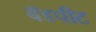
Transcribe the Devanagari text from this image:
बॅडपीट